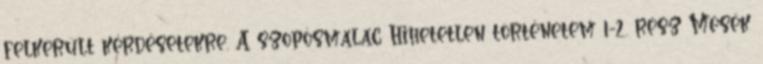
felkerült kérdésetekre. A szopósmalac Hihetetlen történetem 1-2. rész Mesék